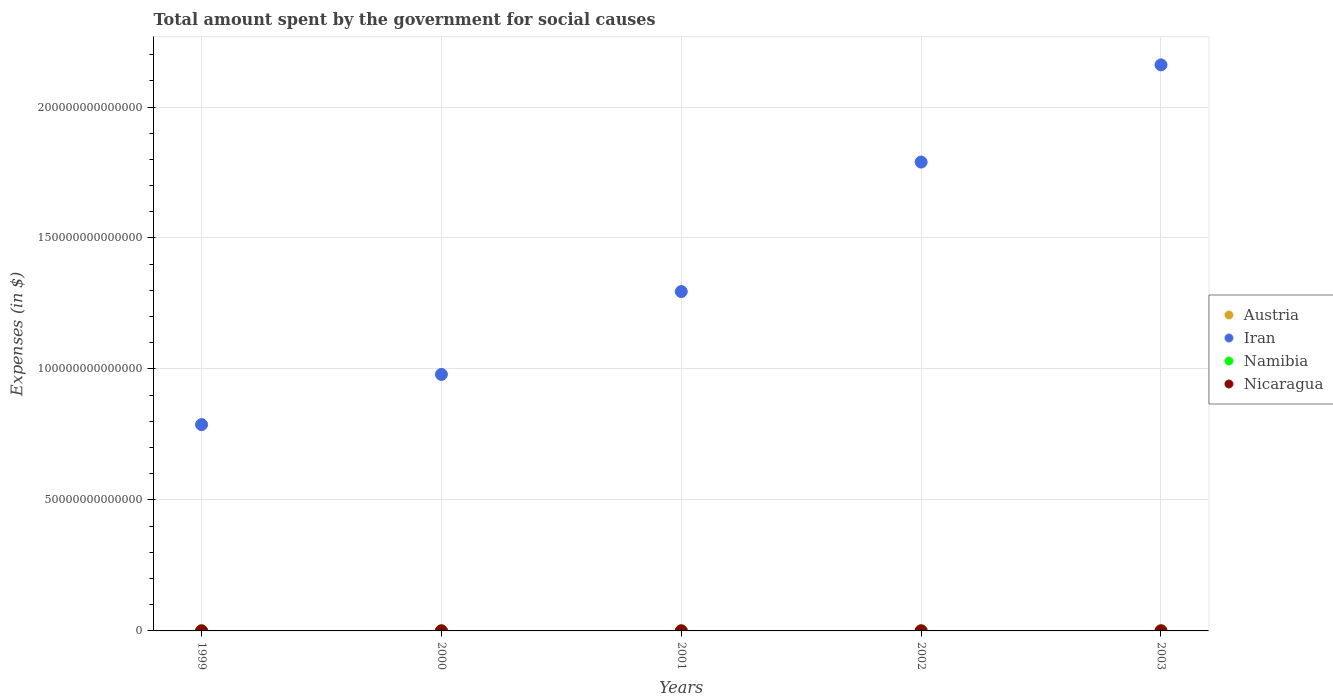
| Years | Austria | Iran | Namibia | Nicaragua |
 | --- | --- | --- | --- | --- |
 | 1999 | 8.19e+10 | 7.88e+13 | 6.91e+09 | 7.27e+09 |
 | 2000 | 8.43e+10 | 9.79e+13 | 7.73e+09 | 8.23e+09 |
 | 2001 | 8.72e+10 | 1.3e+14 | 9.2e+09 | 1.03e+10 |
 | 2002 | 8.88e+10 | 1.79e+14 | 1.02e+10 | 9.08e+09 |
 | 2003 | 9.14e+10 | 2.16e+14 | 1.11e+10 | 1.06e+10 |